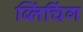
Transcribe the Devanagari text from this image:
ब्लिंचिंग